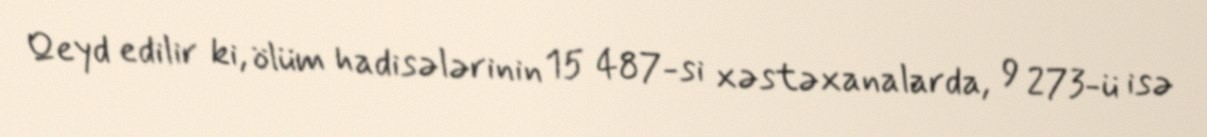
Qeyd edilir ki, ölüm hadisələrinin 15 487-si xəstəxanalarda, 9 273-ü isə